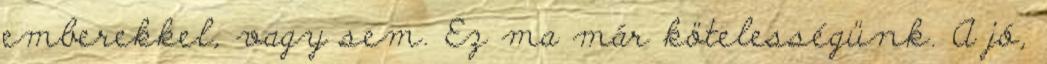
emberekkel, vagy sem. Ez ma már kötelességünk. A jó,